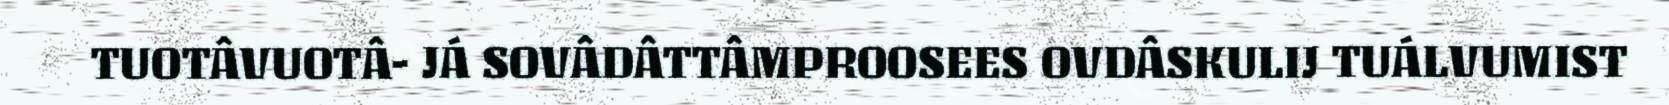
TUOTÂVUOTÂ- JÁ SOVÂDÂTTÂMPROOSEES OVDÂSKULIJ TUÁLVUMIST